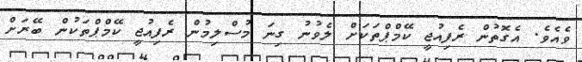
ވެއެވެ. އެގޮތުން ރެފިއުޖީ ކޭމްޕްތަކަށް ލެވުނު ގިނަ މުސްލިމުން ރެފިއުޖީ ކޭމްޕްތަކުން ބޭރަށް